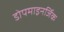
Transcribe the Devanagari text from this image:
डोपमाइनर्जिक